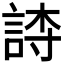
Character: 𬢫